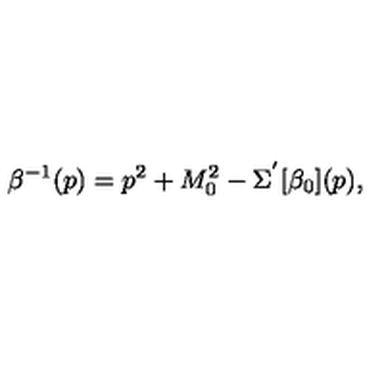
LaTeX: \beta ^ { - 1 } ( p ) = p ^ { 2 } + M _ { 0 } ^ { 2 } - \Sigma ^ { ' } [ \beta _ { 0 } ] ( p ) ,